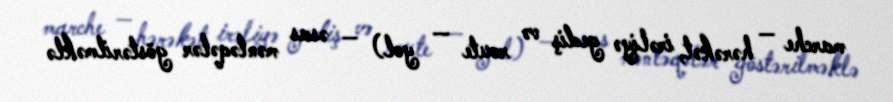
marche — hərəkət, irəliyə gediş və route — yol) — əsas məntəqələr göstərilməklə